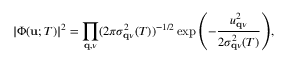
| \Phi ( \mathbf { u } ; T ) | ^ { 2 } = \prod _ { \mathbf { q } , \nu } ( 2 \pi \sigma _ { \mathbf { q } \nu } ^ { 2 } ( T ) ) ^ { - 1 / 2 } \exp { \left( - \frac { u _ { \mathbf { q } \nu } ^ { 2 } } { 2 \sigma _ { \mathbf { q } \nu } ^ { 2 } ( T ) } \right) } ,